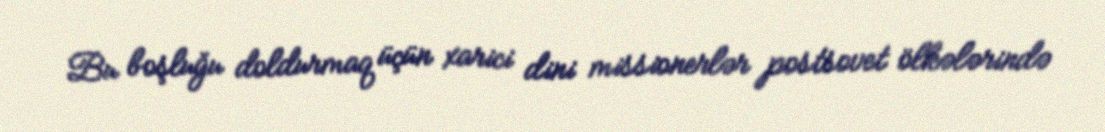
Bu boşluğu doldurmaq üçün xarici dini missionerlər postsovet ölkələrində